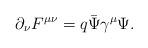
LaTeX: \begin{align*}{\partial}_{\nu} {F}^{\mu \nu}= q \bar{\Psi} {\gamma}^{\mu} {\Psi}. \end{align*}